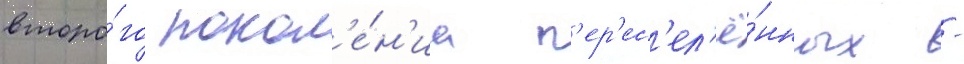
второ́го покол'е́н'иа п'ер'ес'ел'ё́нных -